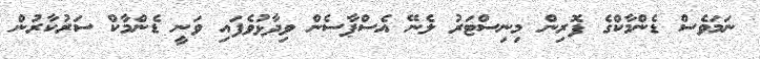
ނަމަވެސް ޑެންމާކްގެ ފޮރިން މިނިސްޓަރު ލެނޭ އެސްޕާސެން ވިދާޅުވެފައި ވަނީ ޑެންމާކް ސަރުކާރުން